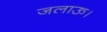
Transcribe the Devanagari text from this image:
जलाऊ।